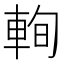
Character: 𨋮